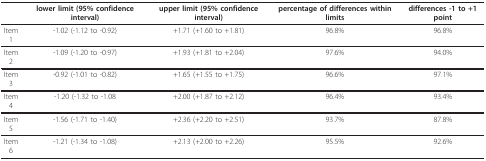
<table><thead><tr><td></td><td><b>lower limit (95% confidence interval)</b></td><td><b>upper limit (95% confidence interval)</b></td><td><b>percentage of differences within limits</b></td><td><b>differences -1 to +1 point</b></td></tr></thead><tbody><tr><td>Item 1</td><td>-1.02 (-1.12 to -0.92)</td><td>+1.71 (+1.60 to +1.81)</td><td>96.8%</td><td>96.8%</td></tr><tr><td>Item 2</td><td>-1.09 (-1.20 to -0.97)</td><td>+1.93 (+1.81 to +2.04)</td><td>97.6%</td><td>94.0%</td></tr><tr><td>Item 3</td><td>-0.92 (-1.01 to -0.82)</td><td>+1.65 (+1.55 to +1.75)</td><td>96.6%</td><td>97.1%</td></tr><tr><td>Item 4</td><td>-1.20 (-1.32 to -1.08</td><td>+2.00 (+1.87 to +2.12)</td><td>96.4%</td><td>93.4%</td></tr><tr><td>Item 5</td><td>-1.56 (-1.71 to -1.40)</td><td>+2.36 (+2.20 to +2.51)</td><td>93.7%</td><td>87.8%</td></tr><tr><td>Item 6</td><td>-1.21 (-1.34 to -1.08)</td><td>+2.13 (+2.00 to +2.26)</td><td>95.5%</td><td>92.6%</td></tr></tbody></table>